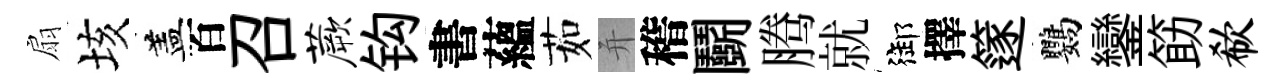
扇垓盖百召蕨钩書蘊茹并稽鬬腾就御擇篴鸚鑾筯欷